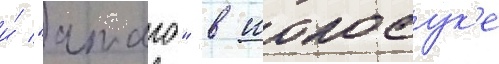
и́ "атаго" в иокосук'е